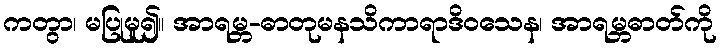
ကတွာ၊ မပြုမူ၍။ အာရမ္ဘ-ဓာတုမနသိကာရာဒိဝသေန၊ အာရမ္ဘဓာတ်ကို